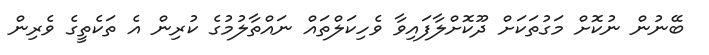
ބޭނުން ނުކޮށް މަގުތަކަށް ދޫކޮށްލާފައިވާ ވެހިކަލްތައް ނައްތާލުމުގެ ކުރިން އެ ތަކެތީގެ ވެރިން